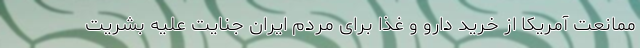
ممانعت آمریکا از خرید دارو و غذا برای مردم ایران جنایت علیه بشریت